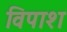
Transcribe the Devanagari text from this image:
विपाश